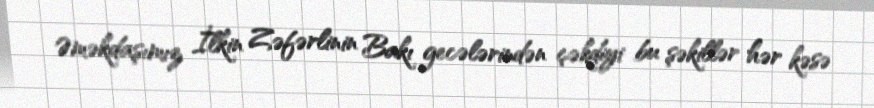
Əməkdaşımız İlkin Zəfərlinin Bakı gecələrindən çəkdiyi bu şəkillər hər kəsə